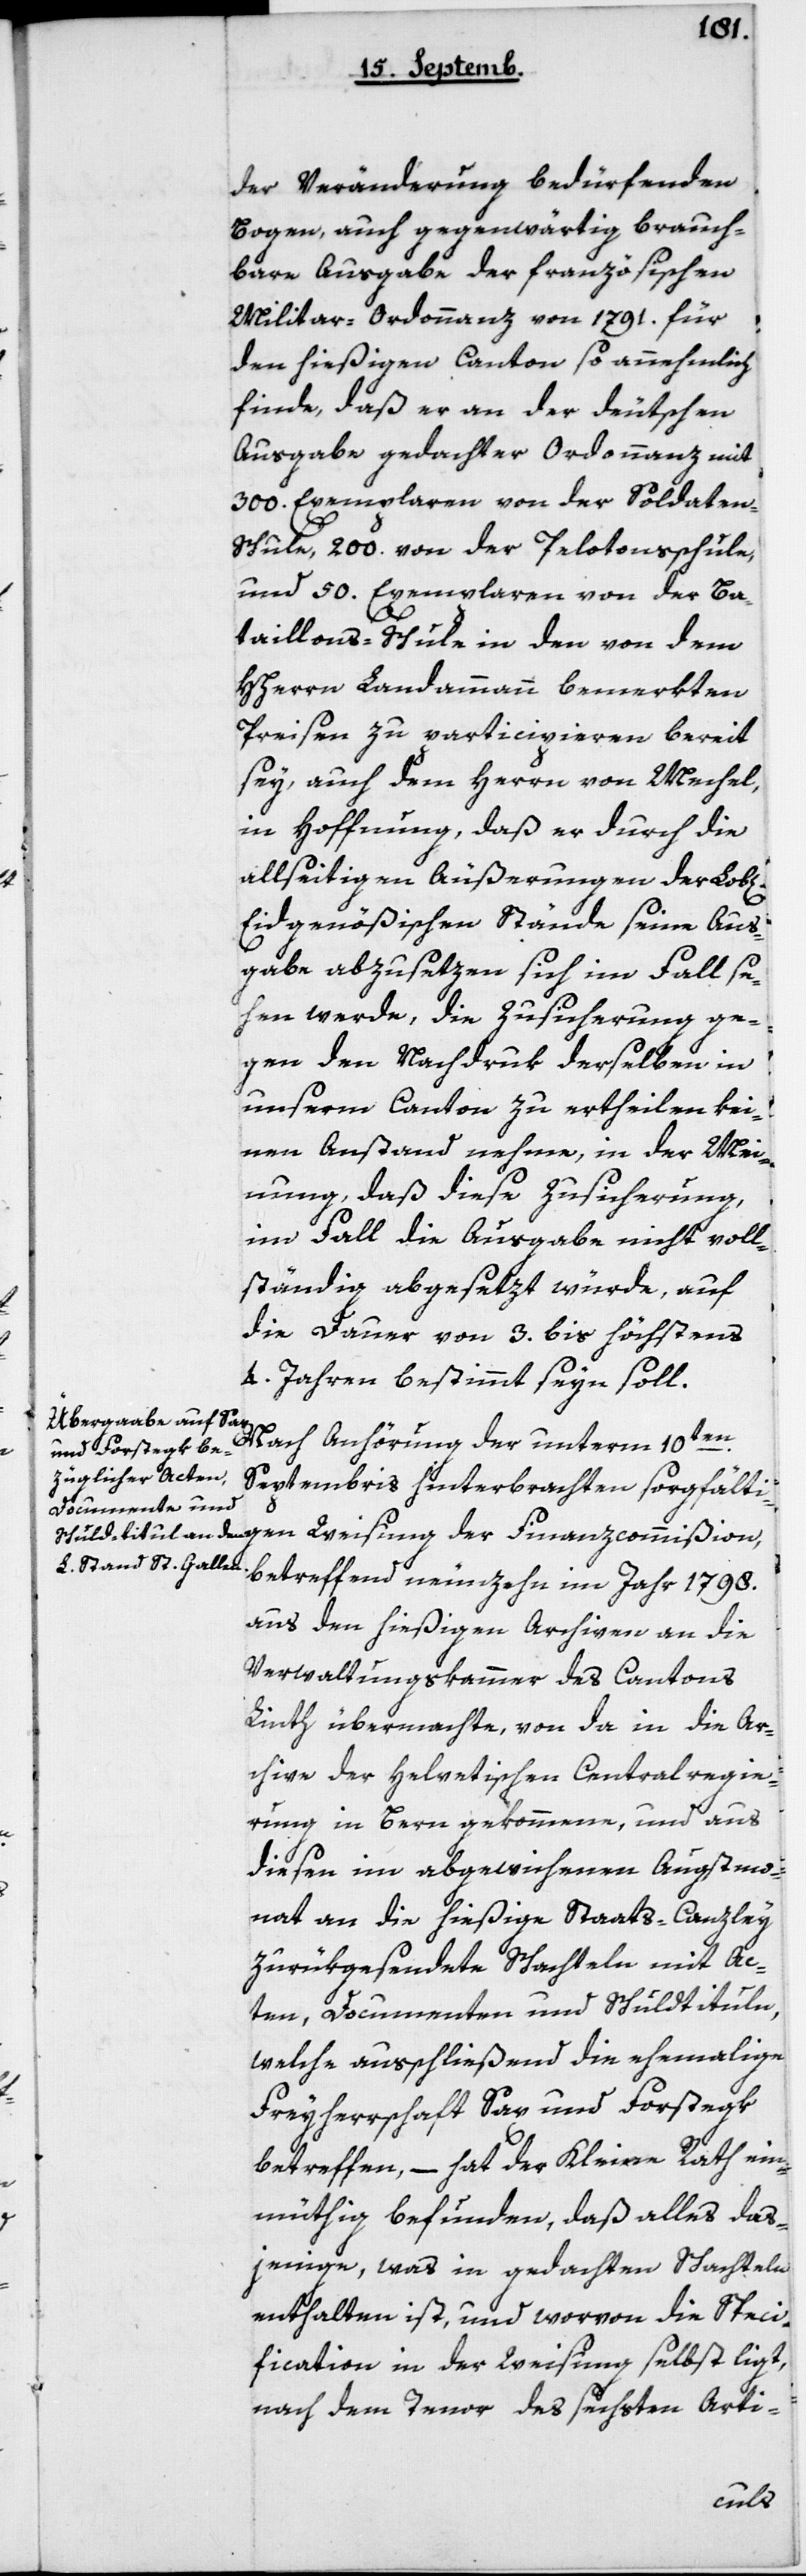
der Veränderung bedürfenden
Bogen, auch gegenwärtig brauch¬
bare Ausgabe der französischen
Militar-Ordonnanz von 1791 für
den hießigen Canton so annehmlich
finde, daß er an der deutschen
Ausgabe gedachter Ordonnanz mit
300 Exemplaren von der Soldaten-S¬
chule, 200 von der Pelotonsschule,
und 50 Exemplaren von der Ba¬
taillons-Schule in den von dem
HHerrn Landammann bemerkten
Preisen zu participieren bereit
sey, auch dem Herrn von Mechel,
in Hoffnung, daß er durch die
allseitigen Äußerungen der Lob¬
Eydgenößischen Stände seine Aus¬
gabe abzusetzen sich im Fall se¬
hen werde, die Zusicherung ge¬
gen den Nachdruk derselben in
unserm Canton zu ertheilen kei¬
nen Anstand nehme, in der Mei¬
nung, daß diese Zusicherung,
im Fall die Ausgabe nicht voll¬
ständig abgesezt würde, auf
die Dauer von 3 bis höchstens
4 Jahren bestimmt seyn soll.
Nach Anhörung der unterm 10ten
Septembris hinterbrachten sorgfältigen
betreffend neunzehn im Jahr 1798
aus den hießigen Archiven an die
Verwaltungskammer des Cantons
Linth übermachte, von da in die Ar¬
chive der helvetischen Centralregie¬
rung in Bern gekommene, und aus
diesen im abgewichenen Augstmo¬
nat an die hießige Staats-Canzley
zurükgesendete Schachteln mit Ac¬
ten, Documenten und Schuldtituln,
welche ausschließend die ehemalige
Freyherrschaft Sax und Forstek
betreffen, – hat der Kleine Rath ein¬
müthig befunden, daß alles das¬
jenige, was in gedachten Schachteln
enthalten ist, und worvon die Speci¬
fication in der Weisung selbst ligt,
nach dem Tenor des sechsten Arti-
l[ichen]